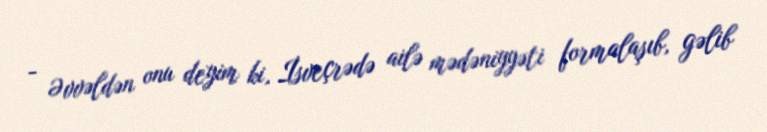
- Əvvəldən onu deyim ki, İsveçrədə ailə mədəniyyəti formalaşıb, gəlib